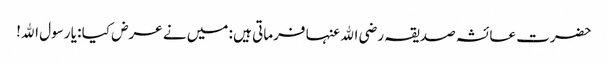
حضرت عائشہ صدیقہ رضی اﷲ عنہا فرماتی ہیں : میں نے عرض کیا : یا رسول اﷲ!